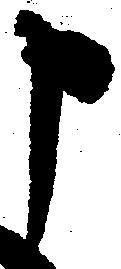
申